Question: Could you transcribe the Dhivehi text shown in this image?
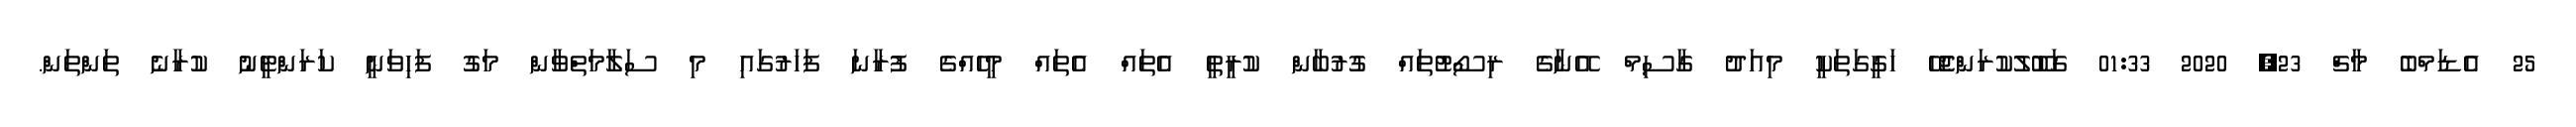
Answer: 25 އެޑަމްބެ މާޗް 23, 2020 01:33 ގަބޫލުކުރަންޖެހޭ ހަގީގަތަކީ މިއަދު ގާސިމް އޭނާގެ ރިސޯޓުތައް ގުރުބާން ކުރީތީ އެތައް އެތައް މީހެއްގެ ފުރާނަ ފަހަރުގައި މި ސަލާމަތްވާން މަގު ފަހިވަނީ ކަރަންޓީނު ކުރާނެ ތަންތަން.